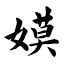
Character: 嫫